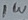
Text: 1W